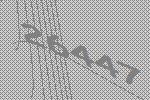
26447